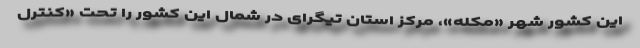
این کشور شهر «مكله»، مرکز استان تیگرای در شمال این کشور را تحت «كنترل